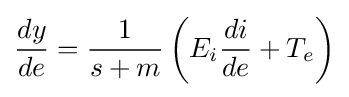
{\frac {dy}{de}}={\frac {1}{s+m}}\left(E_{i}{\frac {di}{de}}+T_{e}\right)